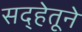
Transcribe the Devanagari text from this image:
सद्हेतूने